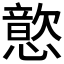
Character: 𫻎